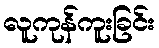
လူကုန်ကူးခြင်း